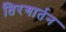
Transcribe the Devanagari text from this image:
तिरगार्तन